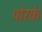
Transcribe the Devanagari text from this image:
पोरके